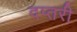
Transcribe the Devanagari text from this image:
दप्तरी